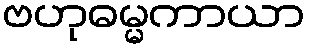
ဗဟုဓမ္မကာယာ